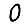
Digit: 0